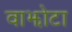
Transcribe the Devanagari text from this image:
वाझोटा